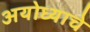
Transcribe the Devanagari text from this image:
अयोध्याचे